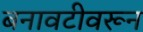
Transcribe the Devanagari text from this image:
बनावटीवरून